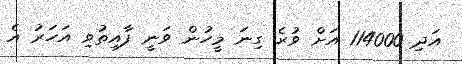
އަދި 114000 އަށް ވުރެ ގިނަ މީހުން ވަނީ ފާއިތުވި އަހަރު އެ